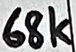
Text: 68k